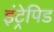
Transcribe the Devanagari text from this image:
इंट्रेपिड